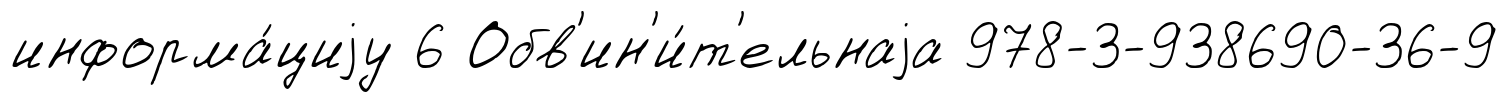
информа́циjу 6 Обв'ин'и́т'ельнаjа 978-3-938690-36-9